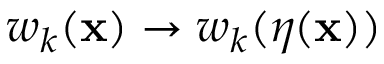
w _ { k } ( \mathbf { x } ) \rightarrow w _ { k } ( \boldsymbol { \eta } ( \mathbf { x } ) )